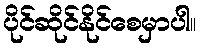
ပိုင်ဆိုင်နိုင်စေမှာပါ။